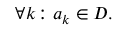
\forall k \colon a _ { k } \in D .